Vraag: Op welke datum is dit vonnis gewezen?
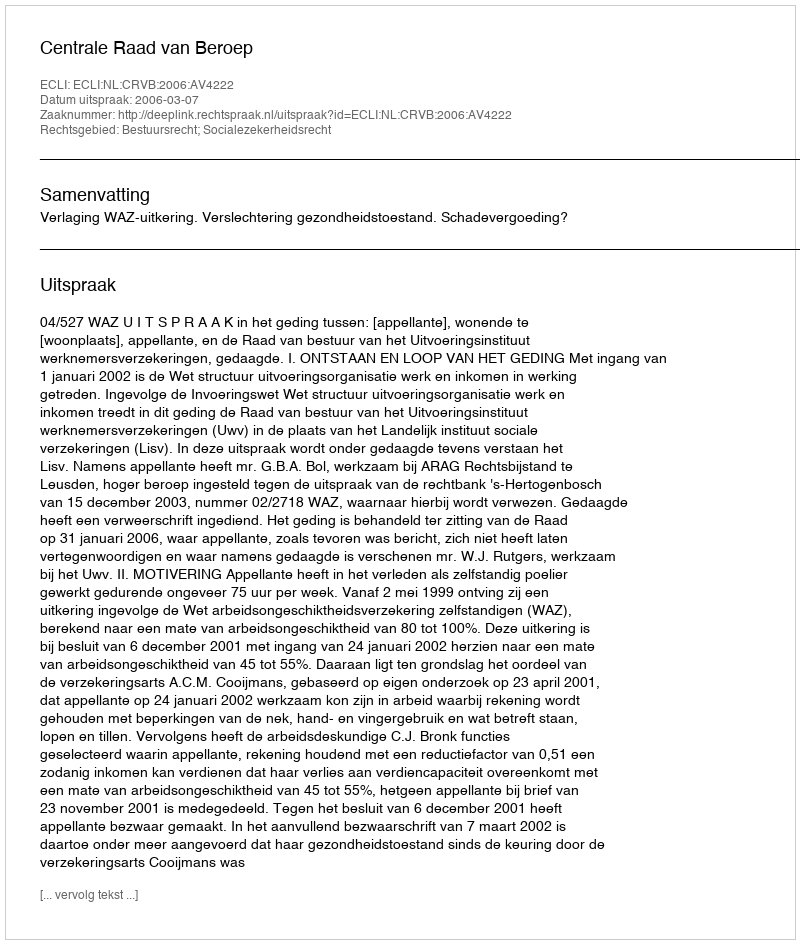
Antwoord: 2006-03-07